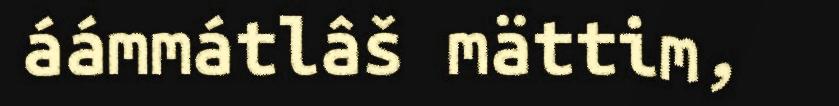
áámmátlâš mättim,